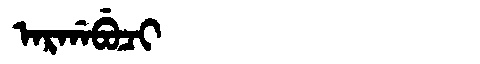
Manchu: ᠠᡵᡤᠠᠪᡠᠴᡳ
Romanization: ARGABUCI